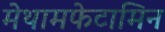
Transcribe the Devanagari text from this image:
मेथामफेटामिन